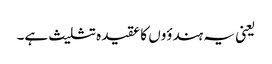
یعنی یہ ہندؤوں کا عقیدہ تثلیث ہے۔